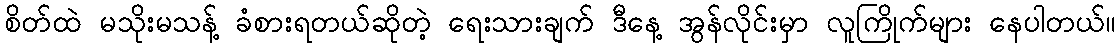
စိတ်ထဲ မသိုးမသန့် ခံစားရတယ်ဆိုတဲ့ ရေးသားချက် ဒီနေ့ အွန်လိုင်းမှာ လူကြိုက်များ နေပါတယ်။